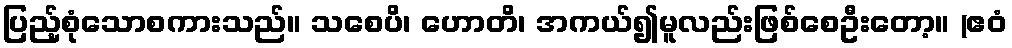
ပြည့်စုံသောစကားသည်။ သစေပိ၊ ဟောတိ၊ အကယ်၍မူလည်းဖြစ်စေဦးတော့။ (ဧဝံ